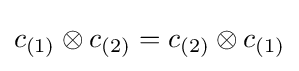
c_{(1)}\otimes c_{(2)}=c_{(2)}\otimes c_{(1)}